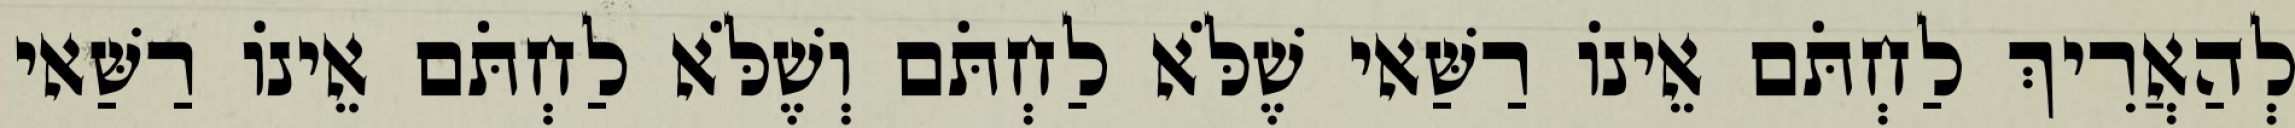
לְהַאֲרִיךְ לַחְתֹּם אֵינוֹ רַשַּׁאי שֶׁלֹּא לַחְתֹּם וְשֶׁלֹּא לַחְתֹּם אֵינוֹ רַשַּׁאי